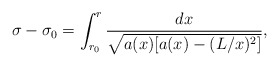
\begin{align*}\sigma-\sigma_0=\int_{r_0}^{r}\frac{dx}{\sqrt{a(x)[a(x)-(L/x)^2]}},\end{align*}